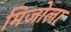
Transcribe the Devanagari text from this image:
मिजोला